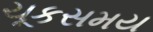
ચૂકસમય